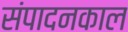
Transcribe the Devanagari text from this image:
संपादनकाल